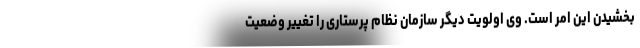
بخشیدن این امر است. وی اولویت دیگر سازمان نظام پرستاری را تغییر وضعیت